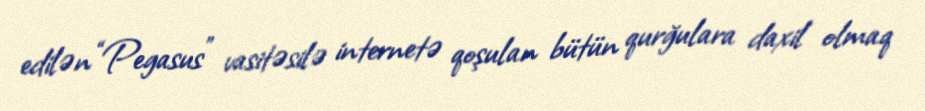
edilən “Pegasus” vasitəsilə internetə qoşulan bütün qurğulara daxil olmaq